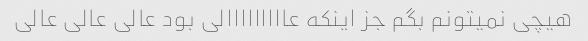
هیچی نمیتونم بگم جز اینکه عااااااااالی بود عالی عالی عالی